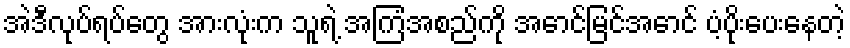
အဲဒီလုပ်ရပ်တွေ အားလုံးက သူရဲ့ အကြံအစည်ကို အောင်မြင်အောင် ပံ့ပိုးပေးနေတဲ့